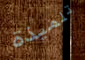
تلميذة